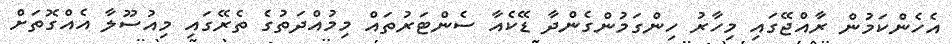
އެހެންކަމުން ރާއްޖޭގައި މިހާރު ހިންގަމުންގެންދާ ޑޭކެއާ ސެންޓަރުތައް މިމުއްދަތުގެ ތެރޭގައި މިއުސޫލާ އެއްގޮތަށް